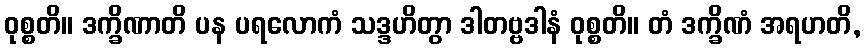
ဝုစ္စတိ။ ဒက္ခိဏာတိ ပန ပရလောကံ သဒ္ဒဟိတွာ ဒါတဗ္ဗဒါနံ ဝုစ္စတိ။ တံ ဒက္ခိဏံ အရဟတိ,